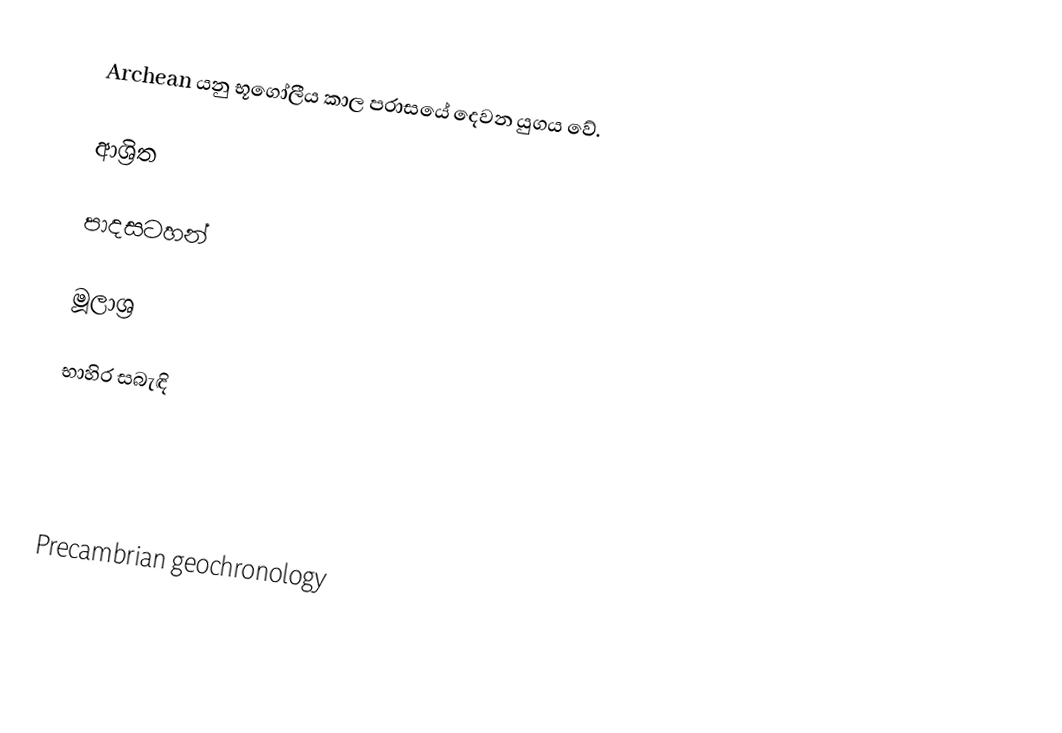
Archean යනු භූගෝලීය කාල පරාසයේ දෙවන යුගය වේ.

ආශ්‍රිත

පාදසටහන්

මූලාශ්‍ර

භාහිර සබැඳි

Precambrian geochronology